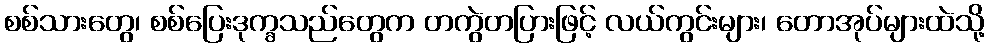
စစ်သားတွေ၊ စစ်ပြေးဒုက္ခသည်တွေက တကွဲတပြားဖြင့် လယ်ကွင်းများ၊ တောအုပ်များထဲသို့